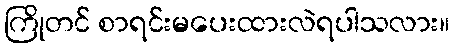
ကြိုတင် စာရင်းမပေးထားလဲရပါသလား။